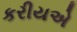
કરીયએ